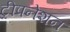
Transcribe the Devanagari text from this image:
ट्रीपनेशन